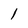
Character: l